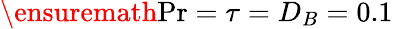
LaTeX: \ensuremath{\mathrm{Pr}}=\tau=D_{B}=0.1